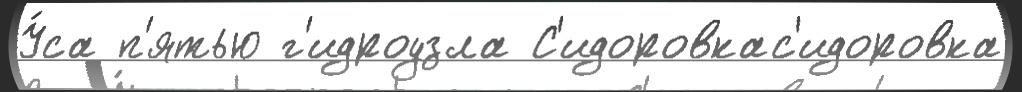
У́са п'ятью г'идроузла С'идоровкас'идоровка